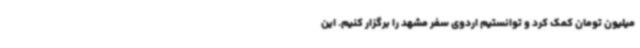
میلیون تومان کمک کرد و توانستیم اردوی سفر مشهد را برگزار کنیم. این